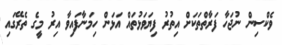
ވެކްސިން ނުޖަހާ ފަރާތްތަކަށް އިތުރު ފިޔަވަޅުތައް އަޅަން ހިމަނާފައިވާ އިރު މީގެ ތެރޭގައި